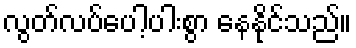
လွတ်လပ်ပေါ့ပါးစွာ နေနိုင်သည်။